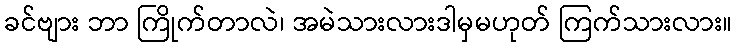
ခင်ဗျား ဘာ ကြိုက်တာလဲ၊ အမဲသားလားဒါမှမဟုတ် ကြက်သားလား။